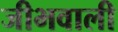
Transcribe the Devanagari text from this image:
जीभवाली